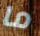
ما